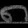
Digit: ၈